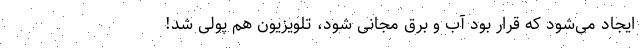
ایجاد می‌شود که قرار بود آب و برق مجانی شود، تلویزیون هم پولی شد!